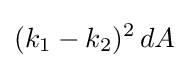
(k_{1}-k_{2})^{2}\,dA